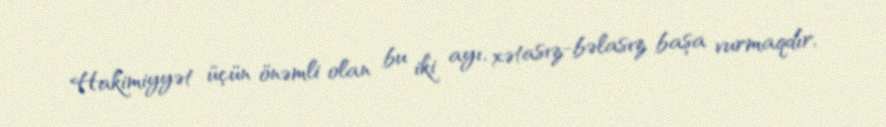
Hakimiyyət üçün önəmli olan bu iki ayı, xətasız-bəlasız başa vurmaqdır,